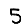
Digit: 5